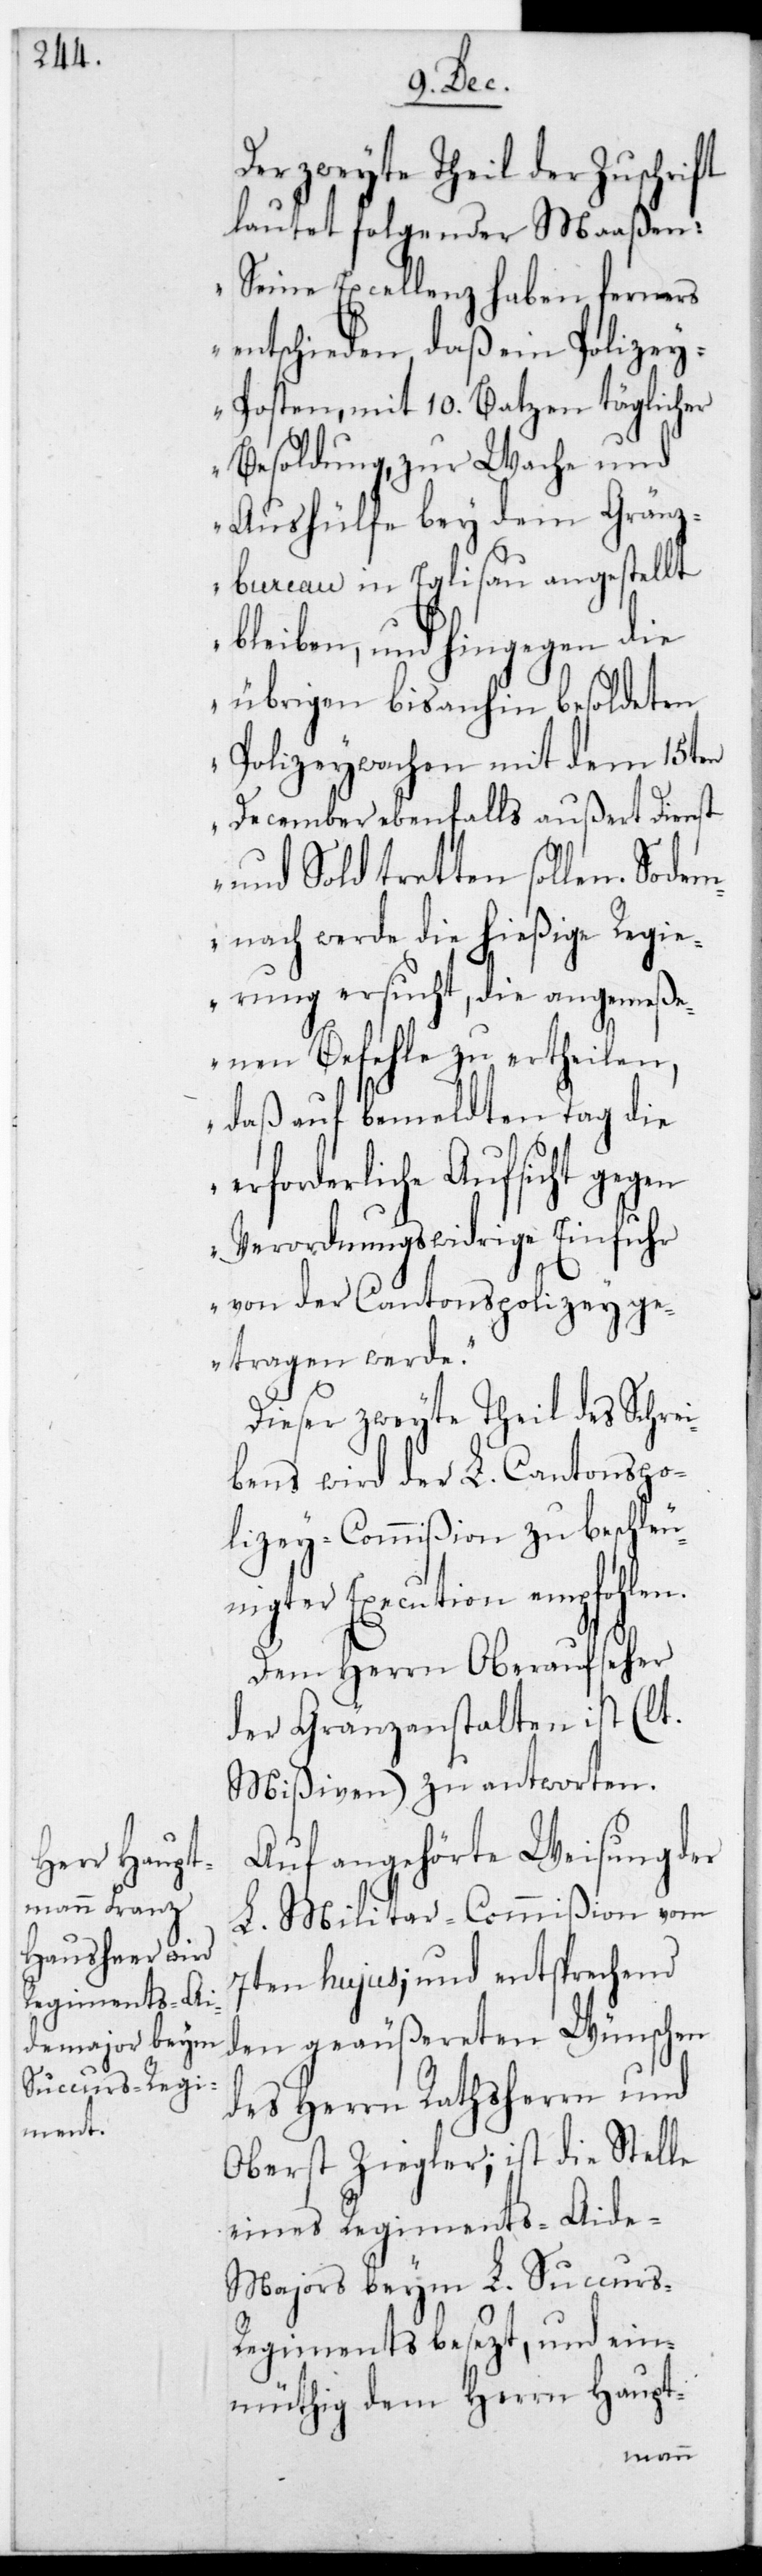
Der zweyte Theil der Zuschrift
lautet folgendermaaßen:
„Seine Excellenz haben ferners
entschieden, daß ein Polizey¬
posten mit 10. Batzen täglicher
Besoldung, zur Wache und
Aushilfe bey dem Grenz¬
bureau in Eglisau angestellt
bleiben, und hingegen die
übrigen bis dahin besoldeten
Polizeywachen mit dem 15ten
December ebenfalls außert Dienst
und Sold tretten sollen.
demnach werde die hießige Regie¬
rung ersucht, die angemeß¬
enen Befehle zu ertheilen,
daß auf bemeldten Tag die
erforderliche Aufsicht gegen
verordnungswidrige Einfuhr
von der Cantonspolizey ge¬
tragen werde“.
Dieser zweyte Theil des Schre¬
ibens wird der L. Cantonspo¬
lizeycommißion zu beschleu¬
nigter Execution empfohlen.
Dem Herrn Oberaufseher
der Grenzanstalten ist (lt.
Mißiven) zu antworten.
Auf angehörte Weisung der
L. Militar-Commißion vom
7ten hujus, und entsprechend
den geäußereten Wünschen
des Herrn Rathsherrn und
Oberst Ziegler; ist die Stelle
eines Regiments-Aide-M¬
ajors beym L. Succurs-R¬
egiments besetzt, und ein¬
müthig dem Herrn Haupt-